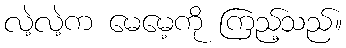
လဲ့လဲ့က မေမေ့ကို ကြည့်သည်။